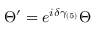
\Theta ^ { \prime } = e ^ { i \delta \gamma _ { ( 5 ) } } \Theta